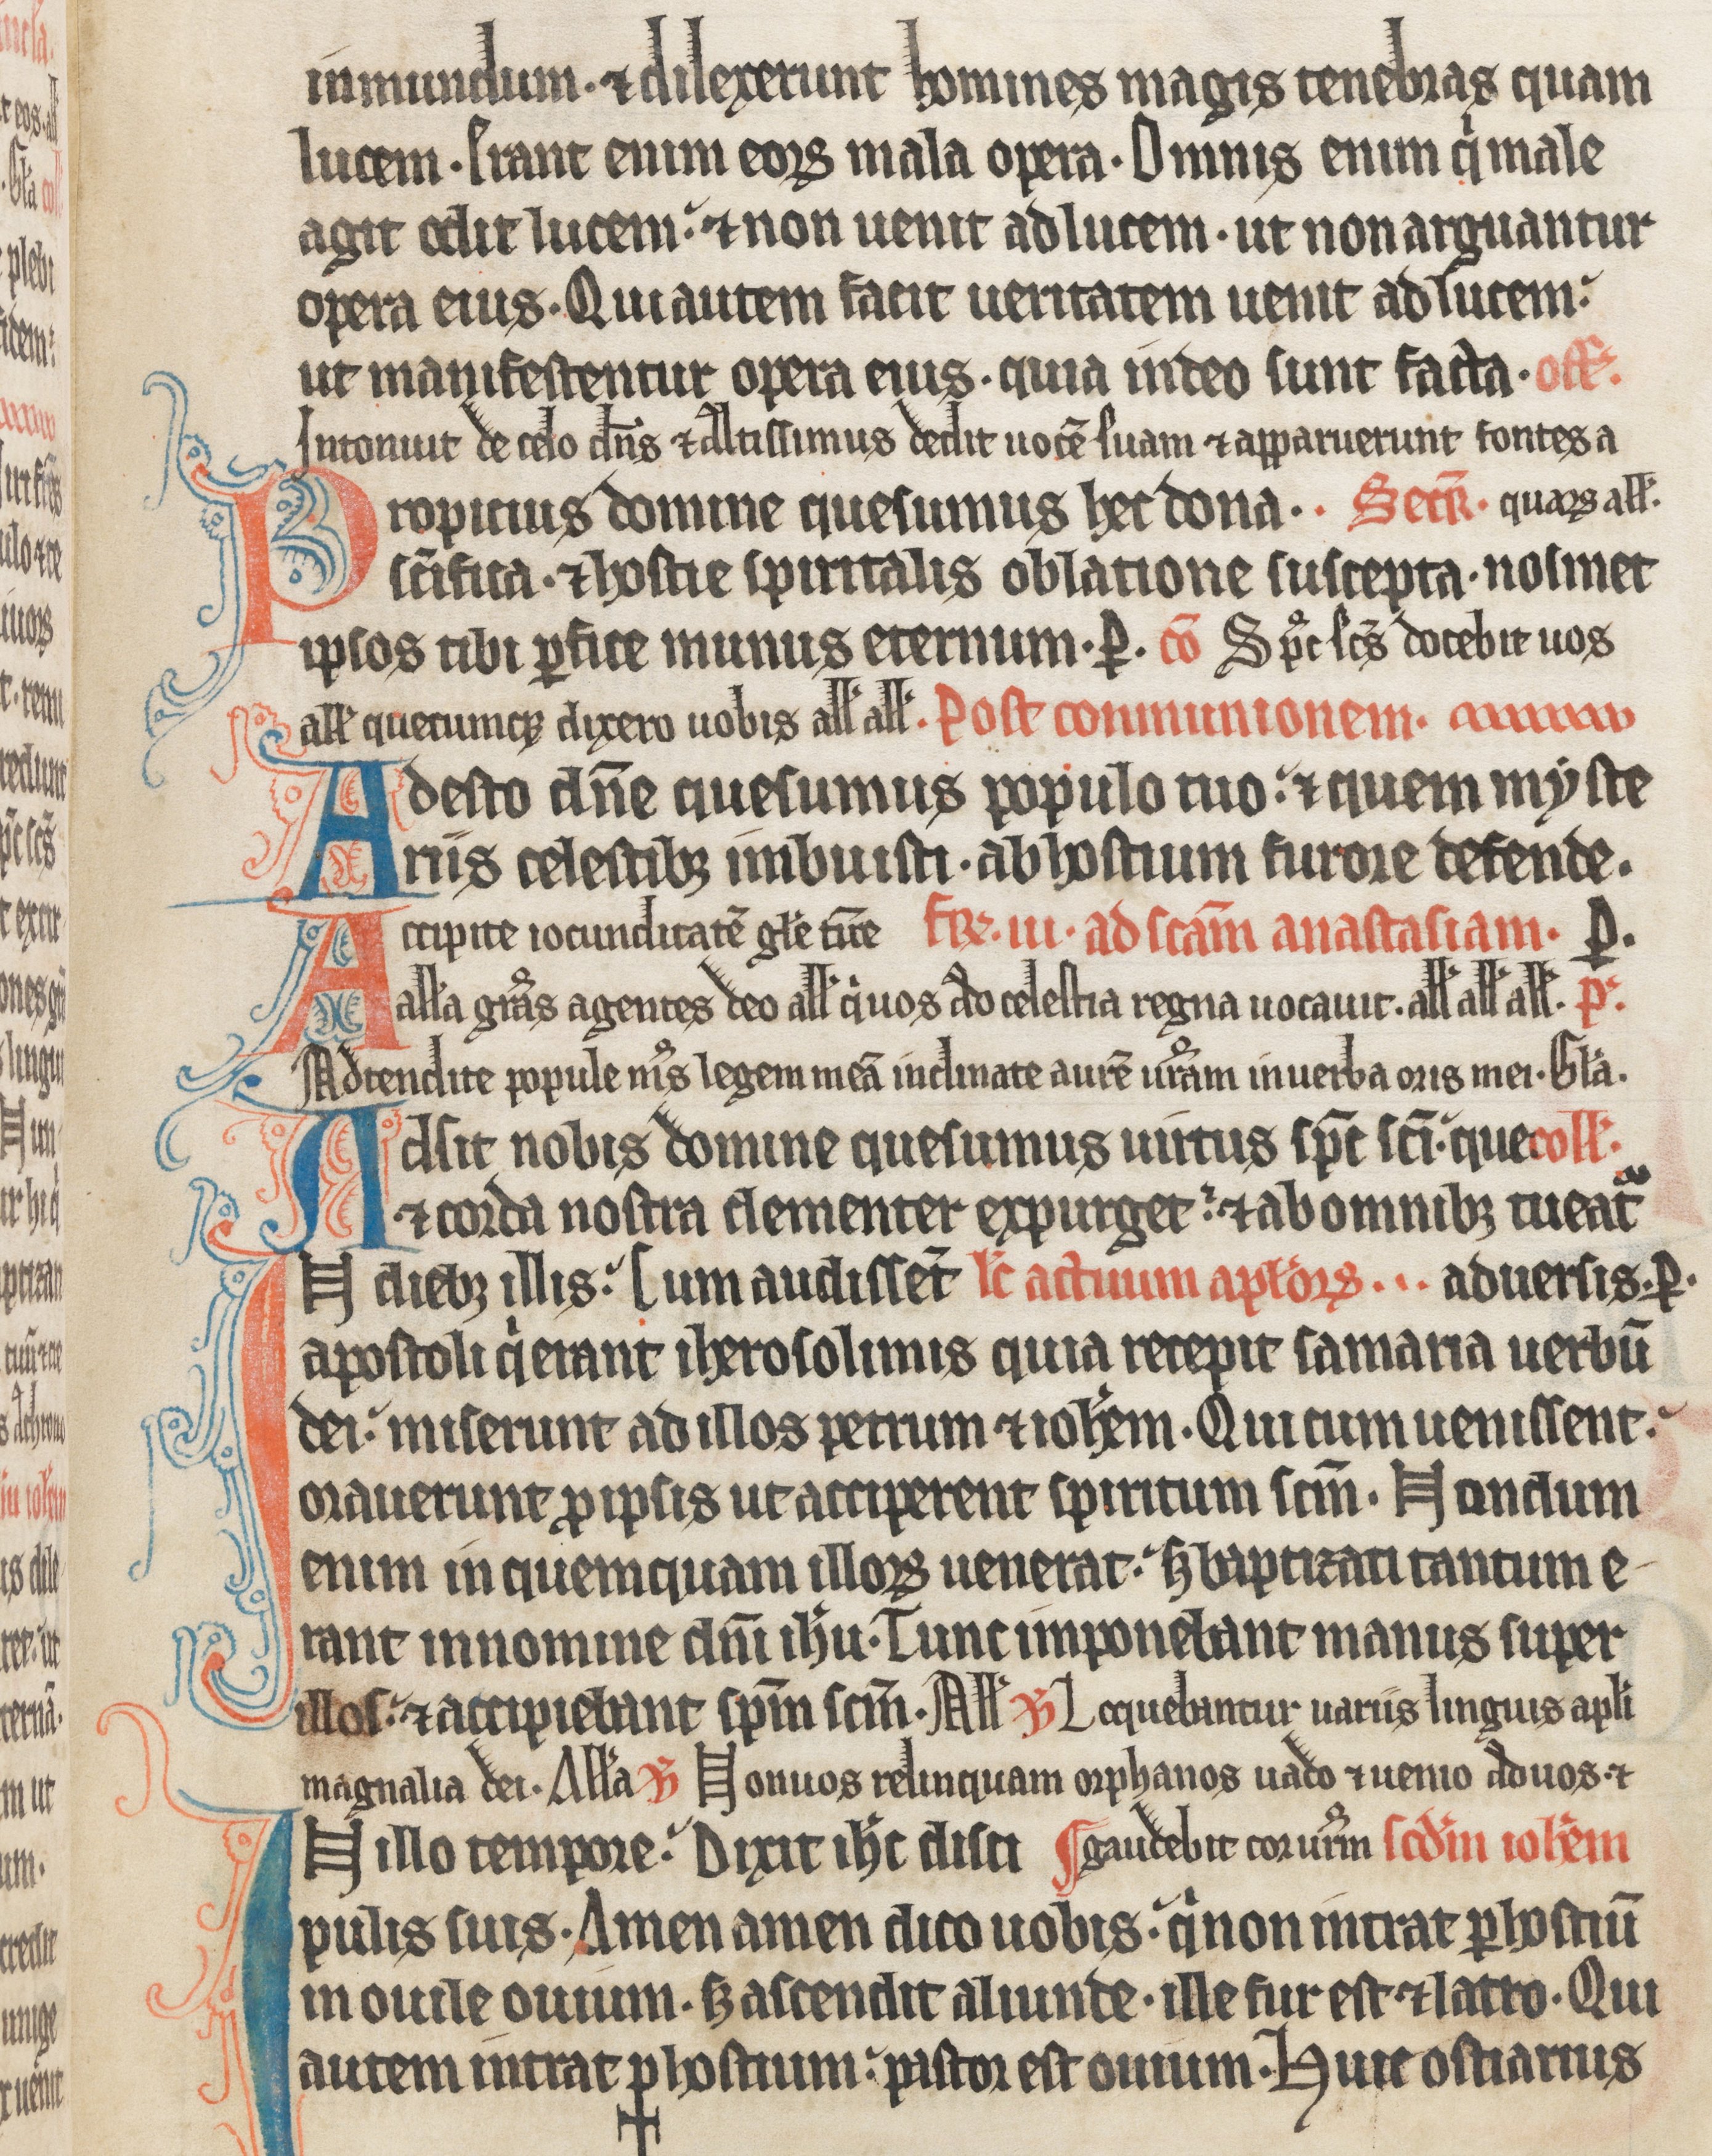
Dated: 1285–1315